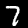
Label: 7